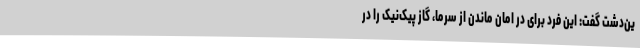
ین‌دشت گفت: این فرد برای در امان ماندن از سرما، گاز پیک‌نیک را در